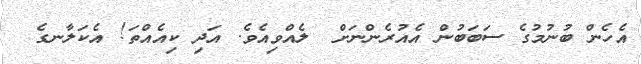
އެހެން ބުނުމުގެ ސަބަބުން އެއުރެންނަށް  ލެއްވިއެވެ. އަދި ކިއެއްތަ! އެކަލާނގެ